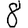
Digit: 8